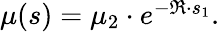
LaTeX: \begin{array}{r}{\mu(s)=\mu_{2}\cdot e^{-\mathfrak{R}\cdot s_{1}}.}\end{array}